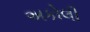
અકોલી